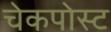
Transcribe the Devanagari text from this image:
चेकपोस्‍ट